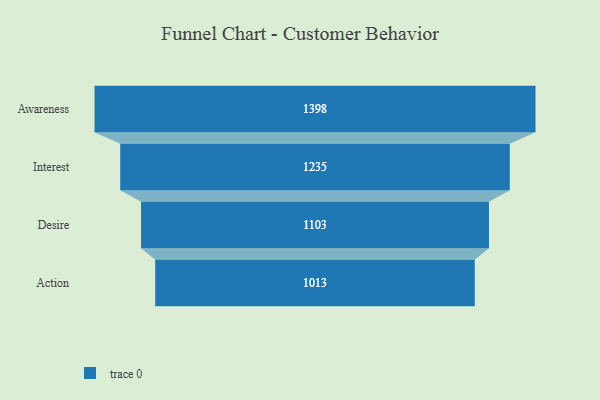
{"axis": {"x": "Stage", "y": "Value"}, "legend": [""], "data": [{"x": "Awareness", "y": 1398.0, "type": ""}, {"x": "Interest", "y": 1235.0, "type": ""}, {"x": "Desire", "y": 1103.0, "type": ""}, {"x": "Action", "y": 1013.0, "type": ""}]}